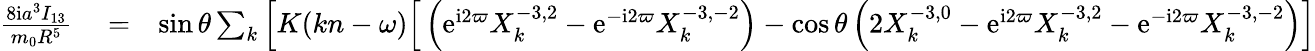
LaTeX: \begin{array}{rlr}{\frac{8\mathrm{i}a^{3}I_{13}}{m_{0}R^{5}}}&{{}=}&{\sin\theta\sum_{k}\Big[K(kn-\omega)\Big[\left(\mathrm{e}^{\mathrm{i}2\varpi}X_{k}^{-3,2}-\mathrm{e}^{-\mathrm{i}2\varpi}X_{k}^{-3,-2}\right)-\cos\theta\left(2X_{k}^{-3,0}-\mathrm{e}^{\mathrm{i}2\varpi}X_{k}^{-3,2}-\mathrm{e}^{-\mathrm{i}2\varpi}X_{k}^{-3,-2}\right)\Big]}\end{array}